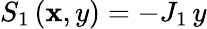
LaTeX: S_{1}\left(\mathbf{x},y\right)=-J_{1}\, y